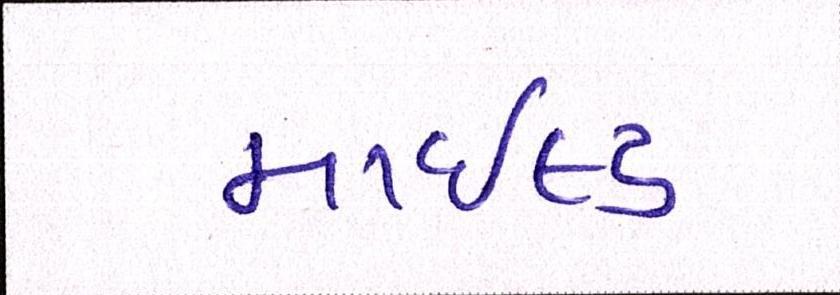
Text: માઇલ્ડ